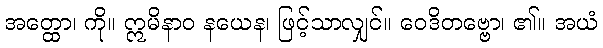
အတ္ထော၊ ကို။ ဣမိနာဝ နယေန၊ ဖြင့်သာလျှင်။ ဝေဒိတဗ္ဗော၊ ၏။ အယံ